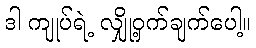
ဒါ ကျုပ်ရဲ့ လျှို့ဝှက်ချက်ပေါ့။